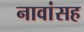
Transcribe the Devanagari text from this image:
नावांसह